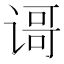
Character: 𬤐